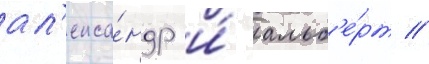
ал'екса́ндр и́ альб'е́рт //